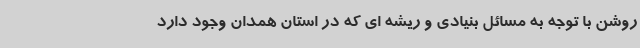
روشن با توجه به مسائل بنیادی و ریشه ای که در استان همدان وجود دارد